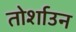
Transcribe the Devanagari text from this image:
तोर्शाउन